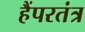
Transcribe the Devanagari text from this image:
हैंपरतंत्र